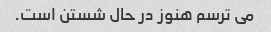
می ترسم هنوز در حال شستن است.